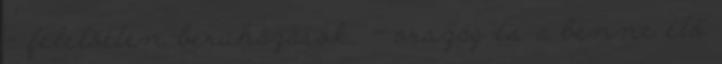
- felelőtlen beruházások. - ország és a benne élő